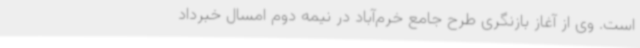
است. وی از آغاز بازنگری طرح جامع خرم‌آباد در نیمه دوم امسال خبرداد